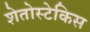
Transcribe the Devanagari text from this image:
शेतोस्टेकिस